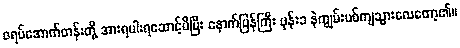
ဇရပ်အောက်တန်းတို့ အားရပါးရဆောင့်မိပြီး နောက်ပြန်ကြီး ဖုန်းခ နဲကျွမ်းပစ်ကျသွားလေတော့၏။